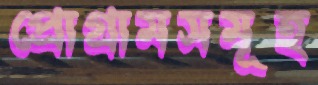
প্রোগ্রামসমূহ